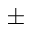
\pm